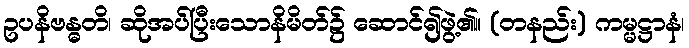
ဥပနိဗန္ဓတိ၊ ဆိုအပ်ပြီးသောနိမိတ်၌ ဆောင်၍ဖွဲ့၏။ (တနည်း) ကမ္မဋ္ဌာနံ၊